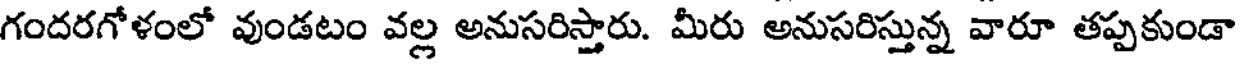
గందరగోళంలో వుండటం వల్ల అనుసరిస్తారు. మీరు అనుసరిస్తున్న వారూ తప్పకుండా